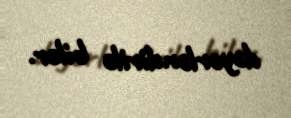
dəyərləndirilə bilər.